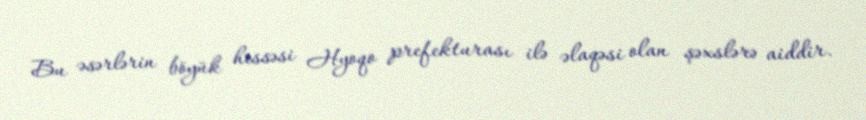
Bu əsərlərin böyük hissəsi Hyoqo prefekturası ilə əlaqəsi olan şəxslərə aiddir.